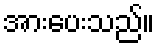
အားပေးသည်။